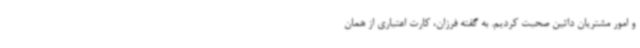
و امور مشتریان داتین صحبت کردیم. به گفته فرزان، کارت اعتباری از همان